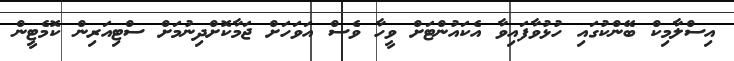
އިސްލާމިކް ބޭންކުގައި ހުޅުވާފައިވާ އެކައުންޓަށް ވީހާ ވެސް އަވަހަށް ޖަމާކޮށްދިނުމަށް ސްޓިއަރިން ކޮމެޓީން